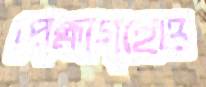
প্রেক্ষাগৃহেও